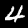
Label: 4